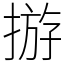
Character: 𢰧